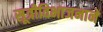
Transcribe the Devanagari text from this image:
सूत्रीविभाजनाने